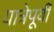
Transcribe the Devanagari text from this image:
यात्रेपूर्वी